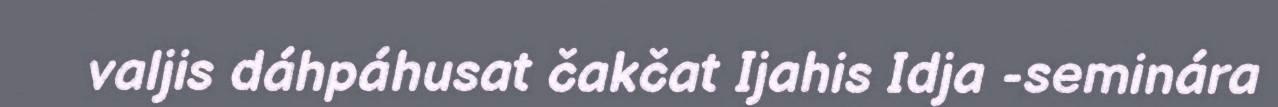
valjis dáhpáhusat čakčat Ijahis Idja -seminára